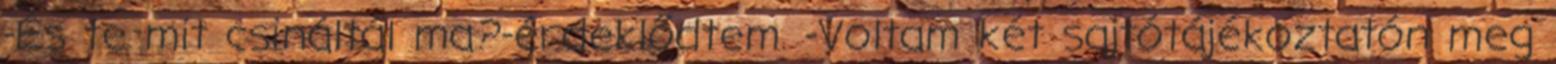
-És te mit csináltál ma?-érdeklődtem. -Voltam két sajtótájékoztatón meg